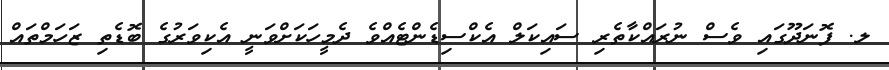
ލ. ފޮނަދޫގައި ވެސް ނުރައްކާތެރި ސައިކަލް އެކްސިޑެންޓެއްވެ ދެމީހަކަށްވަނީ އެކިވަރުގެ ބޮޑެތި ޒަހަމްތައް